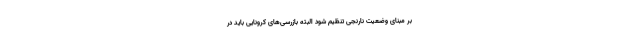
بر مبنای وضعیت نارنجی تنظیم شود البته بازرسی‌های کرونایی باید در